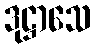
ဒုဋ္ဌာသေ